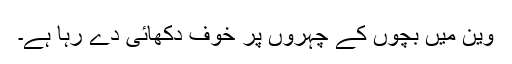
وین میں بچوں کے چہروں پر خوف دکھائی دے رہا ہے۔